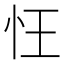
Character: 忹